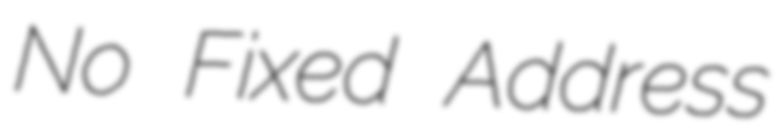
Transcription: No Fixed Address